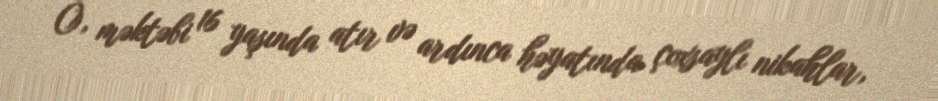
O, məktəbi 16 yaşında atır və ardınca həyatında çoxsaylı nikahlar,